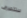
ستتصرف